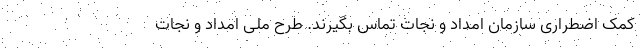
کمک اضطراری سازمان امداد و نجات تماس بگیرند. طرح ملی امداد و نجات